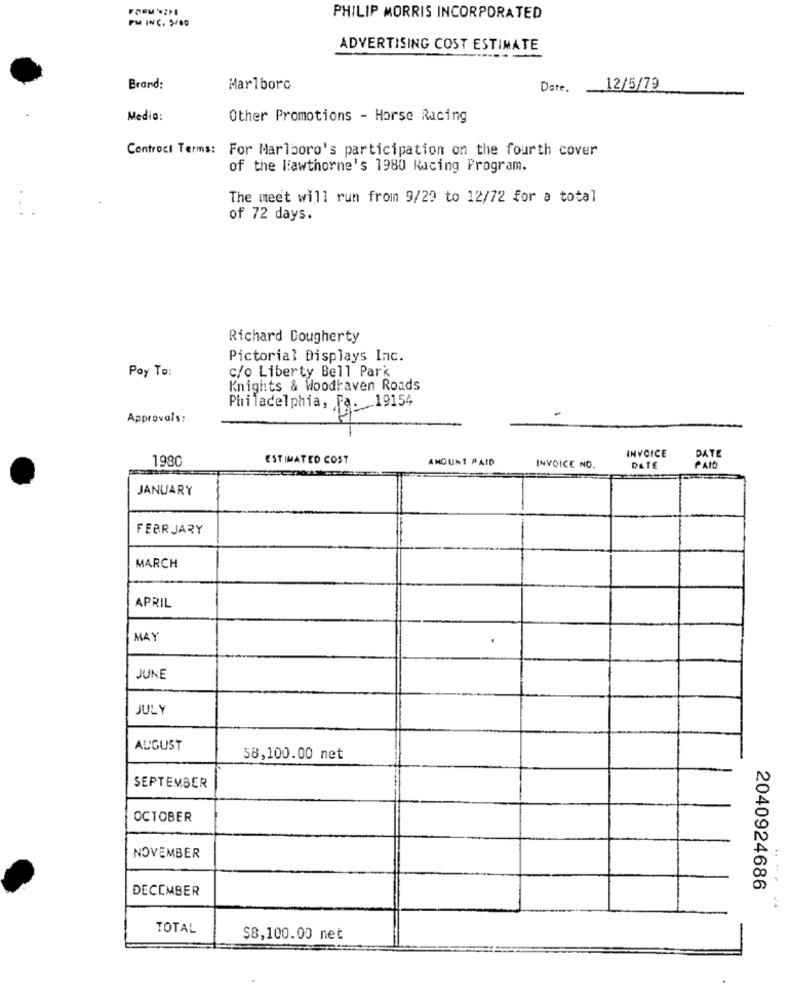
PM INC. 5/80
PHILIP MORRIS INCORPORATED
ADVERTISING COST ESTIMATE
Brand:
Marlboro
Date.
12/5/79
Medio:
Other Promotions - Horse Racing
Controci Terms: For Marlboro's participation on the fourth cover
of the lawthorne's 1980 Racing Program.
The meet will run from 9/29 to 12/72 for a total
of 72 days.
Richard Dougherty
Pictorial Displays Inc.
Poy To:
c/o Liberty Bell Park
Knights & Woodhaven Roads
Philadelphia, Fa. 19154
Approvals:
INVOICE
1980
ESTIMATED COST
AMOUNT PAID
DATE
INVOICE NO.
DATE
PAIO
JANUARY
FEBRUARY
MARCH
APRIL
MAY
JUNE
JULY
AUGUST
58,100.00 net
SEPTEMBER
OCTOBER
NOVEMBER
DECEMBER
2040924686
TOTAL
$8,100.00 net